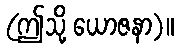
(ဤသို့ ယောဇနာ)။